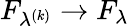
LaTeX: F_{\lambda^{(k)}}\to F_{\lambda}